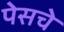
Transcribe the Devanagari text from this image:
पेसचे